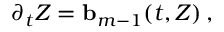
\partial _ { t } Z = \ensuremath { \mathbf { b } } _ { m - 1 } ( t , Z ) \, ,